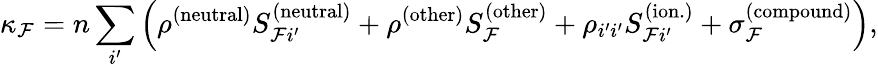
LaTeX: \kappa_{\mathcal{F}}=n\sum_{i^{\prime}}\left(\rho^{(\mathrm{neutral})}S_{\mathcal{F}i^{\prime}}^{(\mathrm{neutral})}+\rho^{\mathrm{(other)}}S_{\mathcal{F}}^{\mathrm{(other)}}+\rho_{i^{\prime}i^{\prime}}S_{\mathcal{F}i^{\prime}}^{(\mathrm{ion.})}+\sigma_{\mathcal{F}}^{(\mathrm{compound})}\right),